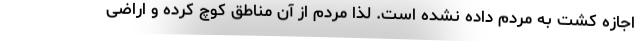
اجازه کشت به مردم داده نشده است. لذا مردم از آن مناطق کوچ کرده و اراضی